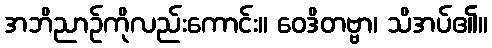
အဘိညာဉ်ကိုလည်းကောင်း။ ဝေဒိတဗ္ဗာ၊ သိအပ်၏။